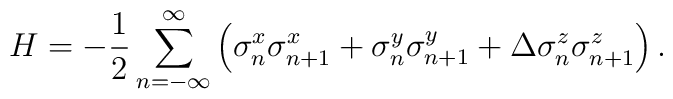
H=-\frac{1}{2}\sum_{n=-\infty}^\infty\left(\sigma^x_n\sigma^x_{n+1}+\sigma^y_n\sigma^y_{n+1}+\Delta \sigma^z_n\sigma^z_{n+1}\right).